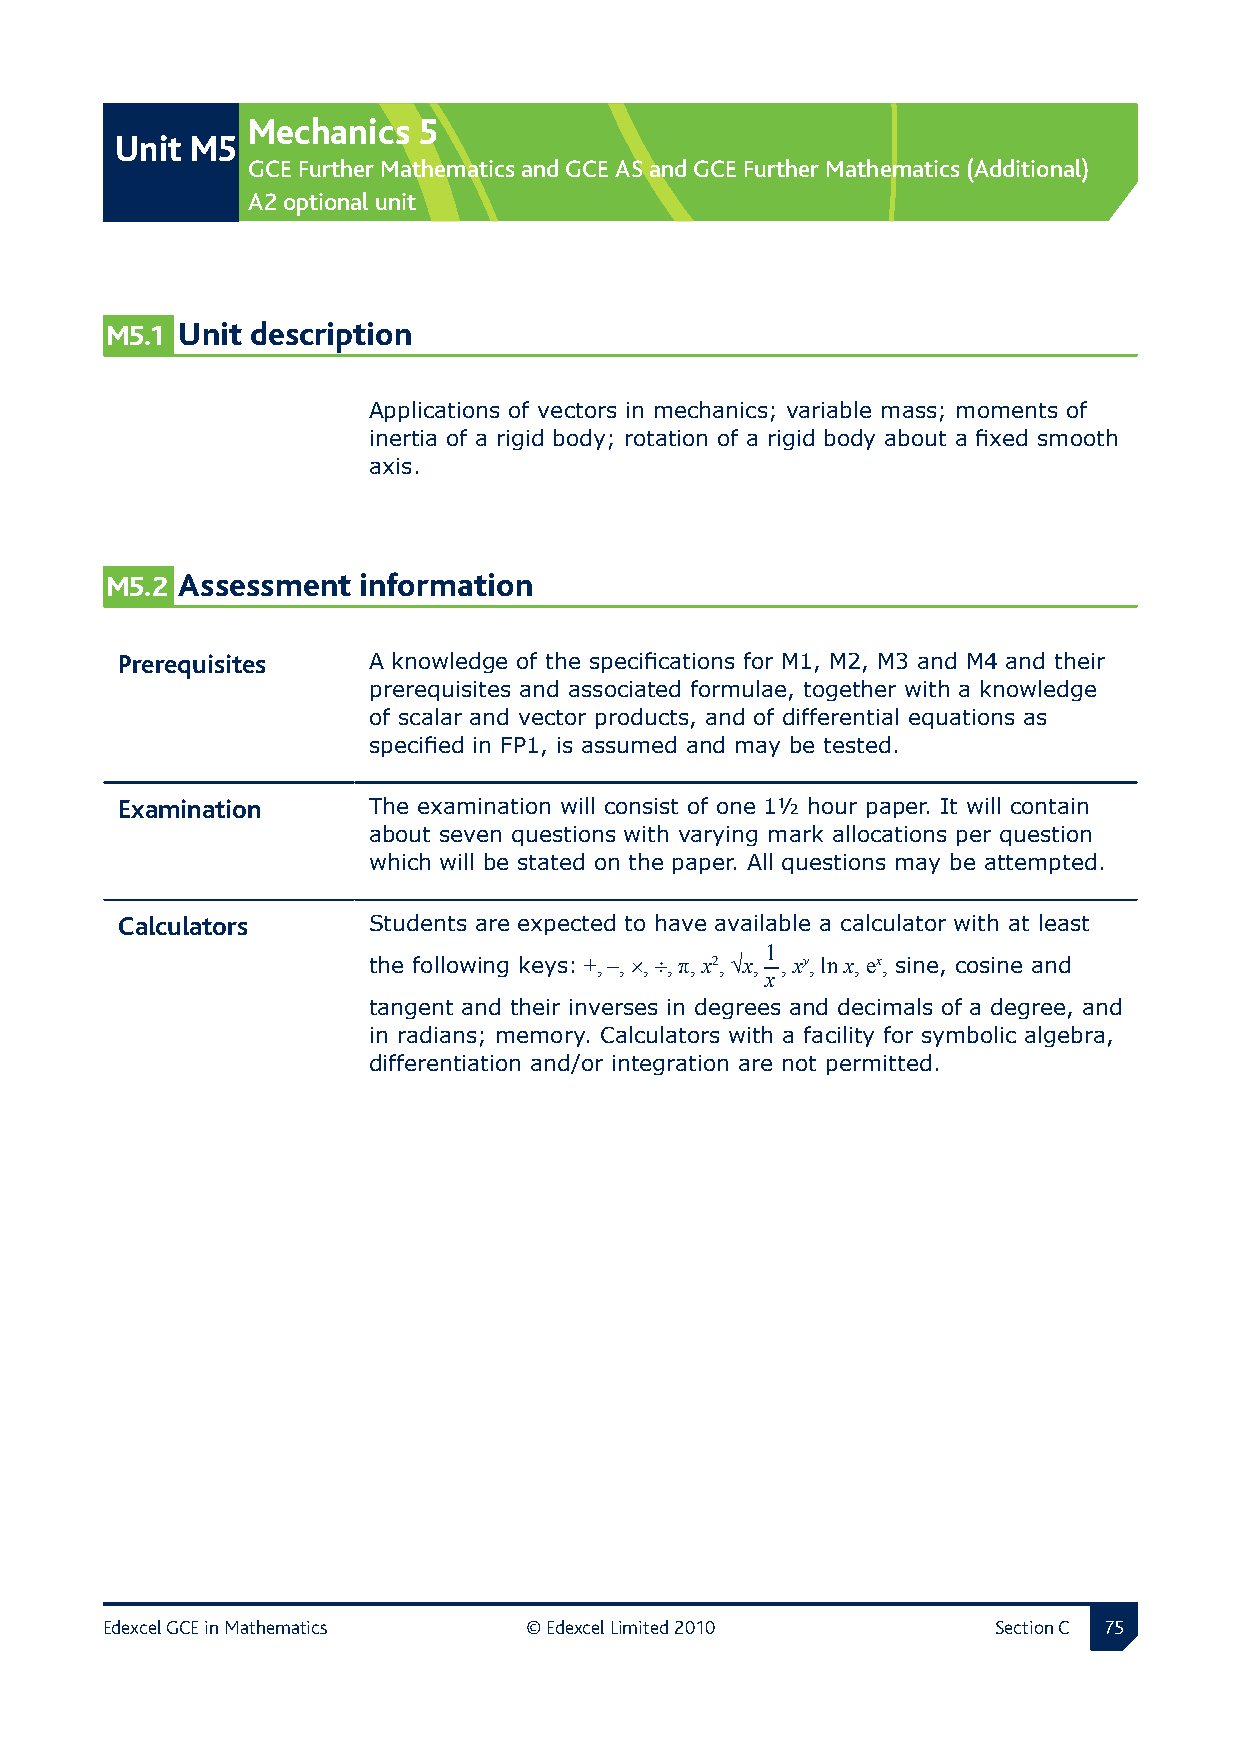
Mechanics   5
 Unit M5
 GCE Further Mathematics and GCE AS and GCE Further Mathematics (Additional)
 A2 optional unit
 M5.1 Unit description
 Applications of vectors in mechanics; variable mass; moments of
 inertia of a rigid body; rotation of a rigid body about a fixed smooth
 axis.
 M5.2 Assessment  information
 Prerequisites  A knowledge of the specifications for M1, M2, M3 and M4 and their
 prerequisites and associated formulae, together with a knowledge
 of scalar and vector products, and of differential equations as
 specified in FP1, is assumed and may be tested.
 Examination    The examination will consist of one 1½ hour paper. It will contain
 about seven questions with varying mark allocations per question
 which will be stated on the paper. All questions may be attempted.
 Calculators     Students are expected to have available a calculator with at least
 1
 the following keys: +, −, ×, ÷, π, x2, √x, , xy, ln x, ex, sine, cosine and
 x
 tangent and their inverses in degrees and decimals of a degree, and
 in radians; memory. Calculators with a facility for symbolic algebra,
 differentiation and/or integration are not permitted.
 Edexcel GCE in Mathematics  © Edexcel Limited 2010         Section C 